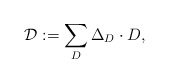
\begin{align*} \mathcal{D} := \sum_D \Delta_D \cdot D,\end{align*}